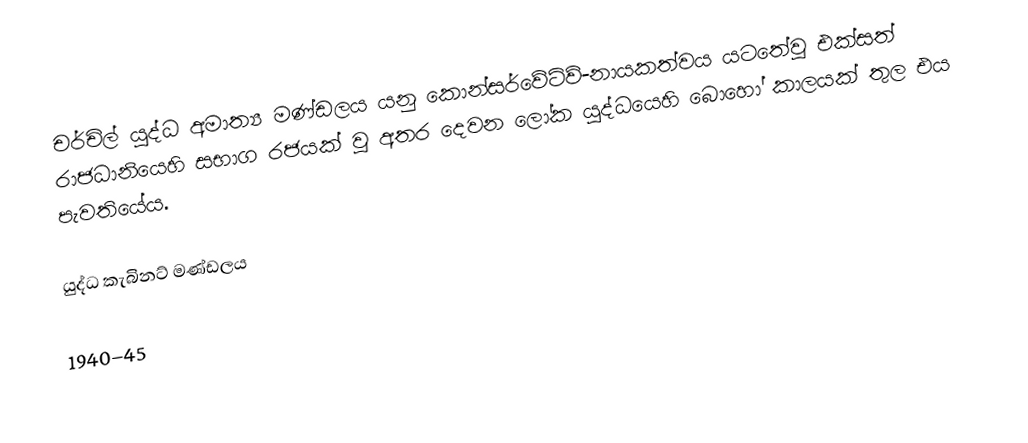
චර්චිල් යුද්ධ අමාත්‍ය මණ්ඩලය යනු කොන්සර්වේටිව්-නායකත්වය යටතේවූ  එක්සත් රාජධානියෙහි සභාග රජයක් වූ අතර දෙවන ලෝක යුද්ධයෙහි බොහෝ කාලයක් තුල එය පැවතියේය.

යුද්ධ කැබිනට් මණ්ඩලය

1940–45